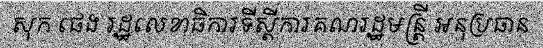
សុក ផេង រដ្ឋលេខាធិការទីស្តីការគណរដ្ឋមន្ត្រី អនុប្រធាន